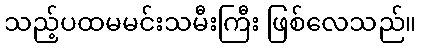
သည့်ပထမမင်းသမီးကြီး ဖြစ်လေသည်။